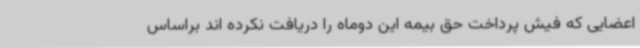
اعضایی که فیش پرداخت حق بیمه این دوماه را دریافت نکرده اند براساس